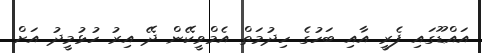
އައްޑޫގައި ފެރީ އާއި ބަހުގެ ހިދުމަތް އެމްވީކޭން ދޭ އިރު ހުޅުމީދު އަށް